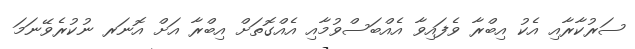
ސަރުކާރާއި އެކު އިބްރާ ވެފައިވާ އެއްބަސްވުމާއި އެއްގޮތަށް އިބްރާ އަށް އޮނަރ ނުކުރެވޭނަމަ